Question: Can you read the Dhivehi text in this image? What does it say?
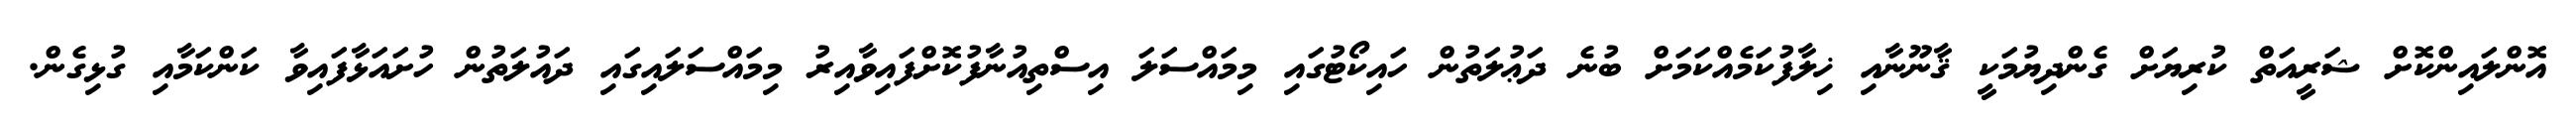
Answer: އޮންލައިންކޮށް ޝަރީއަތް ކުރިޔަށް ގެންދިޔުމަކީ ޤާނޫނާއި ޚިލާފުކަމެއްކަމަށް ބުނެ ދަޢުލަތުން ހައިކޯޓުގައި މިމައްސަލަ އިސްތިއުނާފުކޮށްފައިވާއިރު މިމައްސަލައިގައި ދައުލަތުން ހުށައަޅާފައިވާ ކަންކަމާއި ގުޅިގެން.